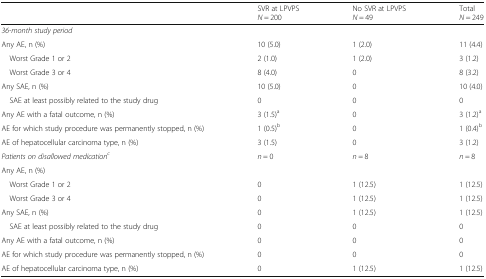
<table><thead><tr><td></td><td><b>SVR at LPVPS<i>N</i> = 200</b></td><td><b>No SVR at LPVPS<i>N</i> = 49</b></td><td><b>Total<i>N</i> = 249</b></td></tr></thead><tbody><tr><td colspan="4"><i>36-month study period</i></td></tr><tr><td>Any AE, n (%)</td><td>10 (5.0)</td><td>1 (2.0)</td><td>11 (4.4)</td></tr><tr><td> Worst Grade 1 or 2</td><td>2 (1.0)</td><td>1 (2.0)</td><td>3 (1.2)</td></tr><tr><td> Worst Grade 3 or 4</td><td>8 (4.0)</td><td>0</td><td>8 (3.2)</td></tr><tr><td>Any SAE, n (%)</td><td>10 (5.0)</td><td>0</td><td>10 (4.0)</td></tr><tr><td> SAE at least possibly related to the study drug</td><td>0</td><td>0</td><td>0</td></tr><tr><td>Any AE with a fatal outcome, n (%)</td><td>3 (1.5)<sup>a</sup></td><td>0</td><td>3 (1.2)<sup>a</sup></td></tr><tr><td>AE for which study procedure was permanently stopped, n (%)</td><td>1 (0.5)<sup>b</sup></td><td>0</td><td>1 (0.4)<sup>b</sup></td></tr><tr><td>AE of hepatocellular carcinoma type, n (%)</td><td>3 (1.5)</td><td>0</td><td>3 (1.2)</td></tr><tr><td><i>Patients on disallowed medication</i><sup><i>c</i></sup></td><td><i>n</i> = 0</td><td><i>n</i> = 8</td><td><i>n</i> = 8</td></tr><tr><td colspan="4">Any AE, n (%)</td></tr><tr><td> Worst Grade 1 or 2</td><td>0</td><td>1 (12.5)</td><td>1 (12.5)</td></tr><tr><td> Worst Grade 3 or 4</td><td>0</td><td>1 (12.5)</td><td>1 (12.5)</td></tr><tr><td>Any SAE, n (%)</td><td>0</td><td>1 (12.5)</td><td>1 (12.5)</td></tr><tr><td> SAE at least possibly related to the study drug</td><td>0</td><td>0</td><td>0</td></tr><tr><td>Any AE with a fatal outcome, n (%)</td><td>0</td><td>0</td><td>0</td></tr><tr><td>AE for which study procedure was permanently stopped, n (%)</td><td>0</td><td>0</td><td>0</td></tr><tr><td>AE of hepatocellular carcinoma type, n (%)</td><td>0</td><td>1 (12.5)</td><td>1 (12.5)</td></tr></tbody></table>